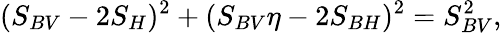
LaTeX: (S_{BV}-2S_{H})^{2}+(S_{BV}\eta-2S_{BH})^{2}=S_{BV}^{2},